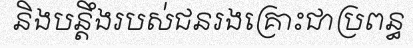
និងបន្តឹងរបស់ជនរងគ្រោះជាប្រពន្ធ